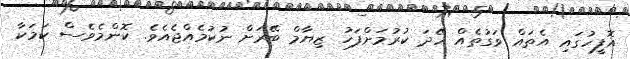
އޮފީހުގައި އެތައް ވަގުތެއް ހޭދަ ކުރުމަށްފަހު ޒިޔާމް ބޭރަށް ނުކުމެއްޖެއެވެ. ކޮންމެވެސް ކަމަކާ